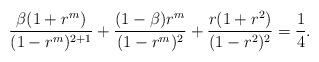
LaTeX: \begin{align*}\frac{\beta(1+r^m)}{(1-r^m)^{2+1}} +\frac{(1-\beta)r^m}{(1-r^m)^{2}}+\frac{r(1+r^2)}{(1-r^2)^2}=\frac{1}{4}.\end{align*}